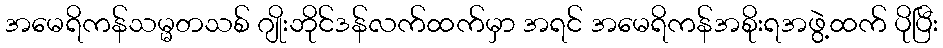
အမေရိကန်သမ္မတသစ် ဂျိုးဘိုင်ဒန်လက်ထက်မှာ အရင် အမေရိကန်အစိုးရအဖွဲ့ထက် ပိုပြီး